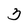
Character: 3